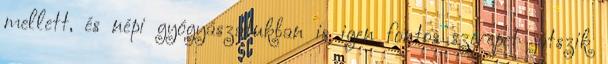
mellett, és népi gyógyászatukban is igen fontos szerepet játszik